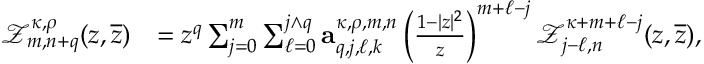
\begin{array} { r l } { \mathcal { Z } _ { m , n + q } ^ { \kappa , \rho } ( z , \overline { { z } } ) } & { = z ^ { q } \sum _ { j = 0 } ^ { m } \sum _ { \ell = 0 } ^ { j \wedge q } \mathbf { a } _ { q , j , \ell , k } ^ { \kappa , \rho , m , n } \left( \frac { 1 - | z | ^ { 2 } } { z } \right) ^ { m + \ell - j } \mathcal { Z } _ { j - \ell , n } ^ { \kappa + m + \ell - j } ( z , \overline { { z } } ) , } \end{array}